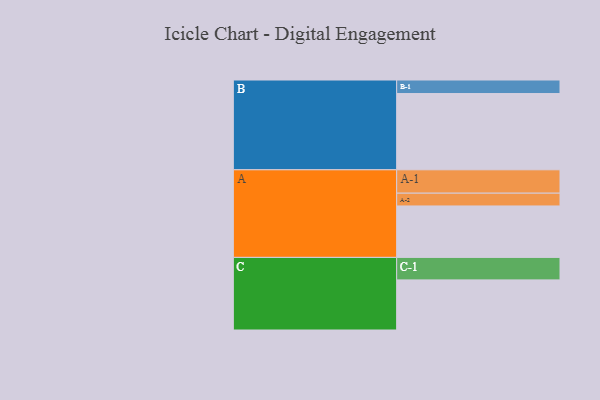
{"axis": {"x": "Segment", "y": "Value"}, "legend": ["", "A", "B", "C"], "data": [{"x": "A", "y": 350, "type": ""}, {"x": "B", "y": 519, "type": ""}, {"x": "C", "y": 341, "type": ""}, {"x": "A-1", "y": 159, "type": "A"}, {"x": "A-2", "y": 87, "type": "A"}, {"x": "B-1", "y": 92, "type": "B"}, {"x": "C-1", "y": 153, "type": "C"}]}